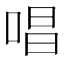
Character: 唱